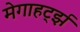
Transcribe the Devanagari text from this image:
मेगाहर्ट्झ